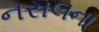
નસલના